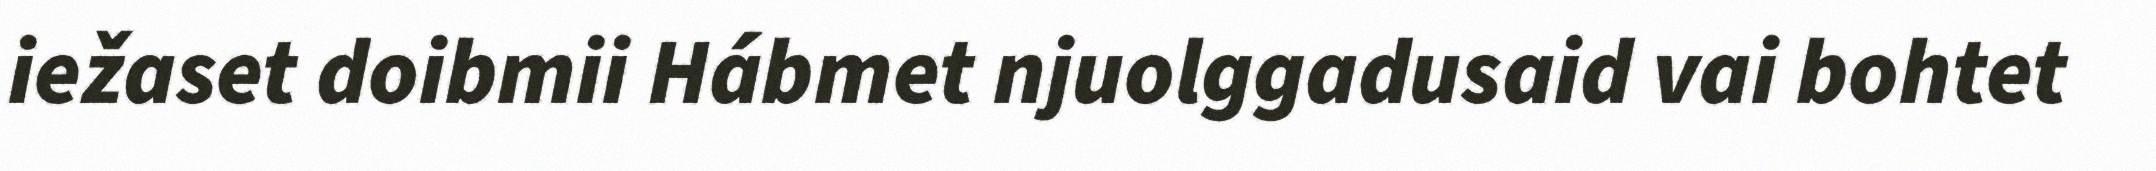
iežaset doibmii Hábmet njuolggadusaid vai bohtet